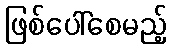
ဖြစ်ပေါ်စေမည့်